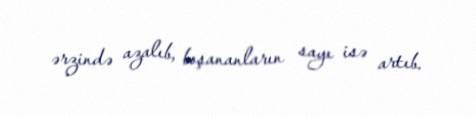
ərzində azalıb, boşananların sayı isə artıb.